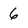
Character: 6